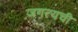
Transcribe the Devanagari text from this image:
जगत्यची